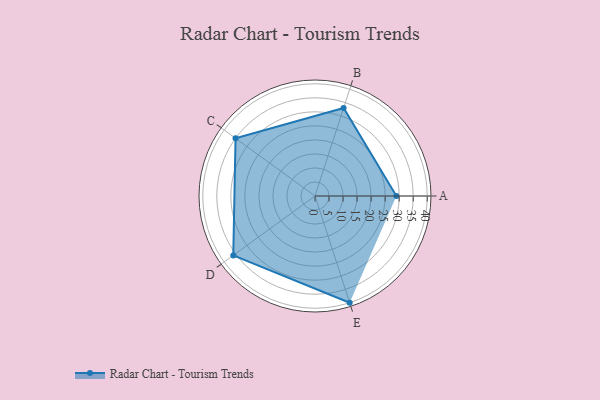
{"axis": {"x": "Skill", "y": "Score"}, "legend": ["Profile"], "data": [{"x": "A", "y": 29.0, "type": "Profile"}, {"x": "B", "y": 33.0, "type": "Profile"}, {"x": "C", "y": 35.0, "type": "Profile"}, {"x": "D", "y": 36.0, "type": "Profile"}, {"x": "E", "y": 40.0, "type": "Profile"}]}